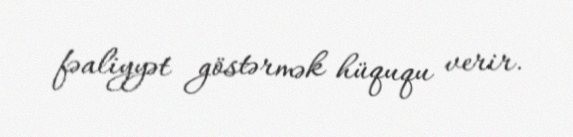
fəaliyyət göstərmək hüququ verir.